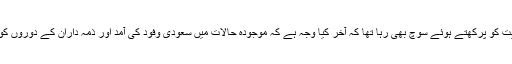
میں ان کا خطاب بھی سن رہا تھا اور سعودیوں کے پاکستان سے تعلقات کی نوعیت کو پرکھتے ہوئے سوچ بھی رہا تھا کہ آخر کیا وجہ ہے کہ موجودہ حالات میں سعودی وفود کی آمد اور ذمہ داران کے دوروں کو تحسین کی نظر سے دیکھنے کی بجائے کسی اور ہی نظر سے پرکھا جاتا ہے؟